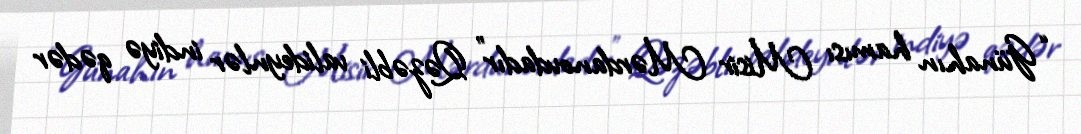
“Günahın hamısı Misir Mərdanovdadır” Qəzəbli valideynlər indiyə qədər